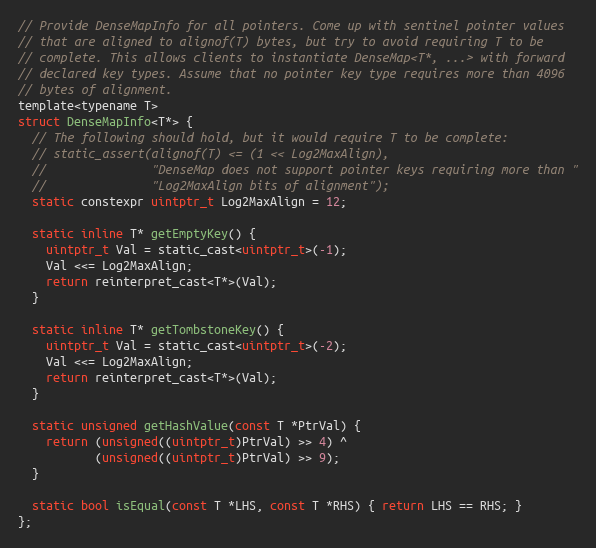
Language: C
// Provide DenseMapInfo for all pointers. Come up with sentinel pointer values
// that are aligned to alignof(T) bytes, but try to avoid requiring T to be
// complete. This allows clients to instantiate DenseMap<T*, ...> with forward
// declared key types. Assume that no pointer key type requires more than 4096
// bytes of alignment.
template<typename T>
struct DenseMapInfo<T*> {
  // The following should hold, but it would require T to be complete:
  // static_assert(alignof(T) <= (1 << Log2MaxAlign),
  //               "DenseMap does not support pointer keys requiring more than "
  //               "Log2MaxAlign bits of alignment");
  static constexpr uintptr_t Log2MaxAlign = 12;

  static inline T* getEmptyKey() {
    uintptr_t Val = static_cast<uintptr_t>(-1);
    Val <<= Log2MaxAlign;
    return reinterpret_cast<T*>(Val);
  }

  static inline T* getTombstoneKey() {
    uintptr_t Val = static_cast<uintptr_t>(-2);
    Val <<= Log2MaxAlign;
    return reinterpret_cast<T*>(Val);
  }

  static unsigned getHashValue(const T *PtrVal) {
    return (unsigned((uintptr_t)PtrVal) >> 4) ^
           (unsigned((uintptr_t)PtrVal) >> 9);
  }

  static bool isEqual(const T *LHS, const T *RHS) { return LHS == RHS; }
};